Senior Leaving Certificate, 1942, 1942
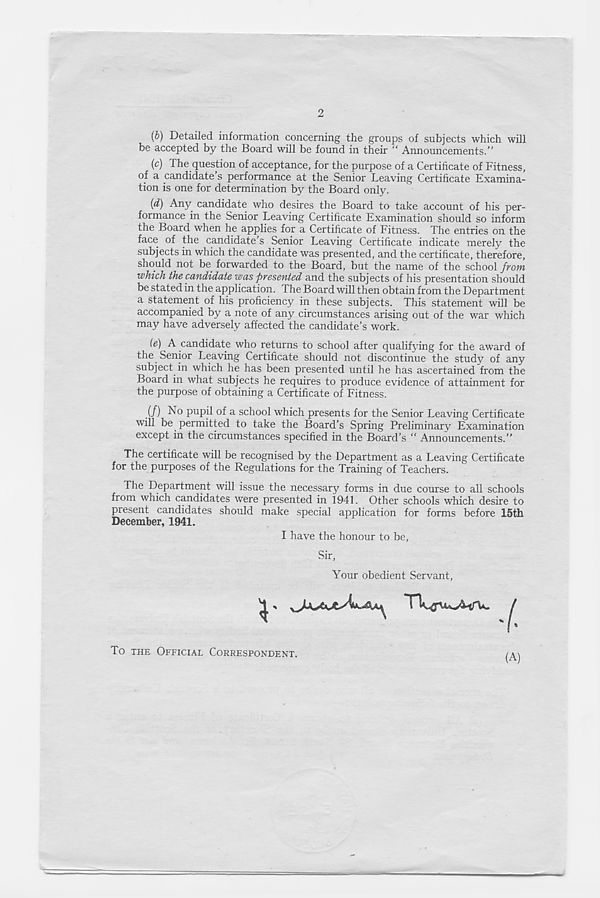
2
(b) Detailed information concerning the groups of subjects which will
be accepted by the Board will be found in their “ Announcements.”
(c) The question of acceptance, for the purpose of a Certificate of Fitness,
of a candidate’s performance at the Senior Leaving Certificate Examina-
tion is one for determination by the Board only.
(d) Any candidate who desires the Board to take account of his per-
formance in the Senior Leaving Certificate Examination should so inform
the Board when he applies for a Certificate of Fitness. The entries on the
face of the candidate’s Senior Leaving Certificate indicate merely the
subjects in which the candidate was presented, and the certificate, therefore,
should not be forwarded to the Board, but the name of the school from
which the candidate was presented and the subjects of his presentation should
be stated in the application. The Board will then obtain from the Department
a statement of his proficiency in these subjects. This statement will be
accompanied by a note of any circumstances arising out of the war which
may have adversely affected the candidate’s work.
ie) A candidate who returns to school after qualifying for the award of
the Senior Leaving Certificate should not discontinue the study of any
subject in which he has been presented until he has ascertained from the
Board in what subjects he requires to produce evidence of attainment for
the purpose of obtaining a Certificate of Fitness.
if) N° pupil of a school which presents for the Senior Leaving Certificate
will be permitted to take the Board’s Spring Preliminary Examination
except in the circumstances specified in the Board’s “ Announcements.”
The certificate will be recognised by the Department as a Leaving Certificate
for the purposes of the Regulations for the Training of Teachers.
The Department will issue the necessary forms in due course to all schools
from which candidates were presented in 1941. Other schools which desire to
piesent candidates should make special application for forms before 15th
December, 1941.
I have the honour to be,
Sir,
Your obedient Servant,
(A)
To THE OFFICIAL CORRESPONDENT.